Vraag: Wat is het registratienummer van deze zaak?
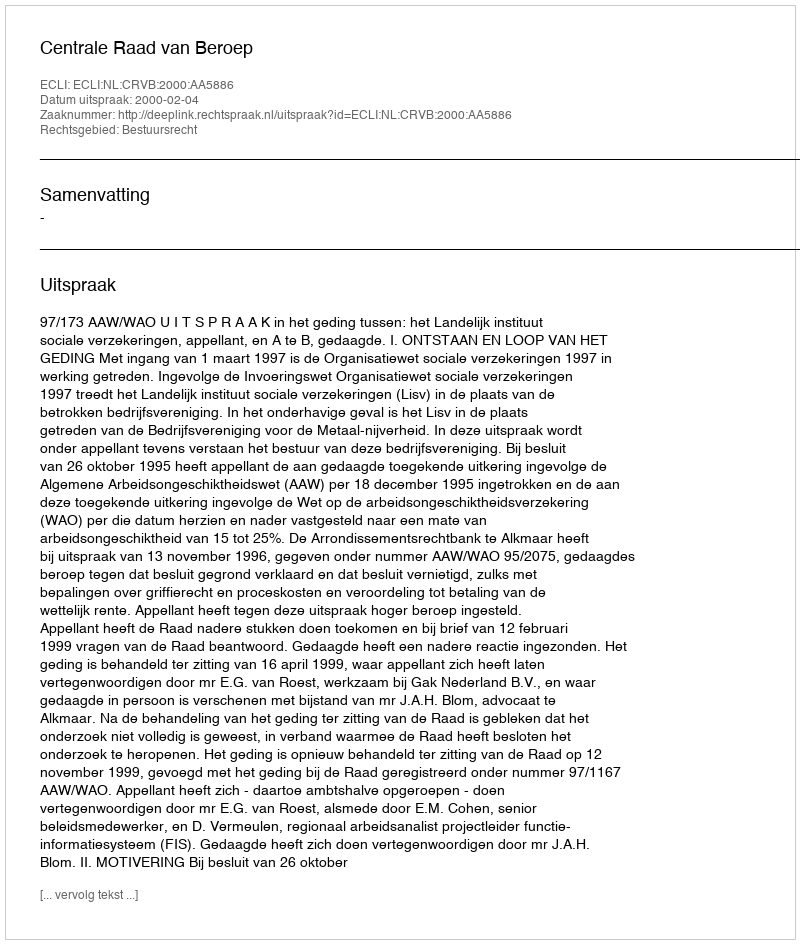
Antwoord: http://deeplink.rechtspraak.nl/uitspraak?id=ECLI:NL:CRVB:2000:AA5886